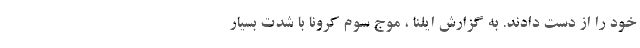
خود را از دست دادند. به گزارش ایلنا ، موج سوم کرونا با شدت بسیار